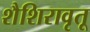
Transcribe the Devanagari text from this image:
शैशिरावृतू